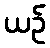
ယဉ်